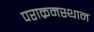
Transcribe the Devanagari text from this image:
पराक्रमस्थान